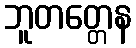
ဘူတတ္တေန